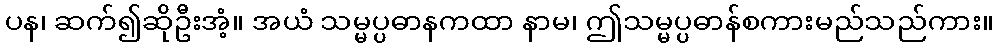
ပန၊ ဆက်၍ဆိုဦးအံ့။ အယံ သမ္မပ္ပဓာနကထာ နာမ၊ ဤသမ္မပ္ပဓာန်စကားမည်သည်ကား။